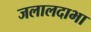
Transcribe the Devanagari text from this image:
जलालदाभा